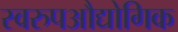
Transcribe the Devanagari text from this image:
स्वरुपऔद्योगिक